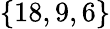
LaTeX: \{ 18,9,6\}